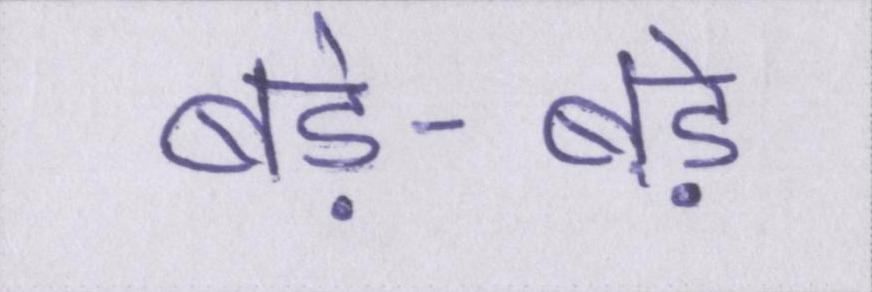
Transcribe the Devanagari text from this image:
बड़े-बड़े